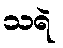
သရဲ